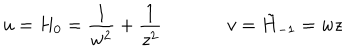
u = H _ { 0 } = \frac { 1 } { w ^ { 2 } } + \frac { 1 } { z ^ { 2 } } \, \, \, \, \, \, \, \, \, \, \, \, \, \, \, \, \, \, \, \, \, v = \tilde { H } _ { - 1 } = w z